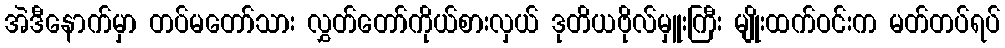
အဲဒီနောက်မှာ တပ်မတော်သား လွှတ်တော်ကိုယ်စားလှယ် ဒုတိယဗိုလ်မှူးကြီး မျိုးထက်ဝင်းက မတ်တပ်ရပ်